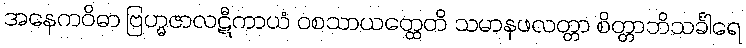
အနေကဝိဓာ ဗြဟ္မဇာလဋီကာယံ ဝစသာယတ္ထေတိ သမာနဖလတ္တာ စိတ္တာဘိသင်္ခါရေ